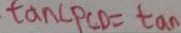
\tan \angle P C D = \tan